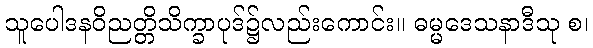
သူပေါဒနဝိညတ္တိသိက္ခာပုဒ်၌လည်းကောင်း။ ဓမ္မဒေသနာဒီသု စ၊